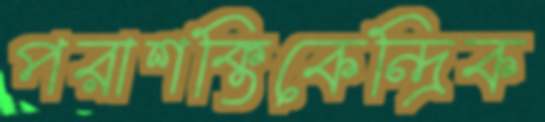
পরাশক্তিকেন্দ্রিক